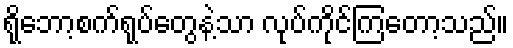
ရိုဘော့စက်ရုပ်တွေနဲ့သာ လုပ်ကိုင်ကြတော့သည်။